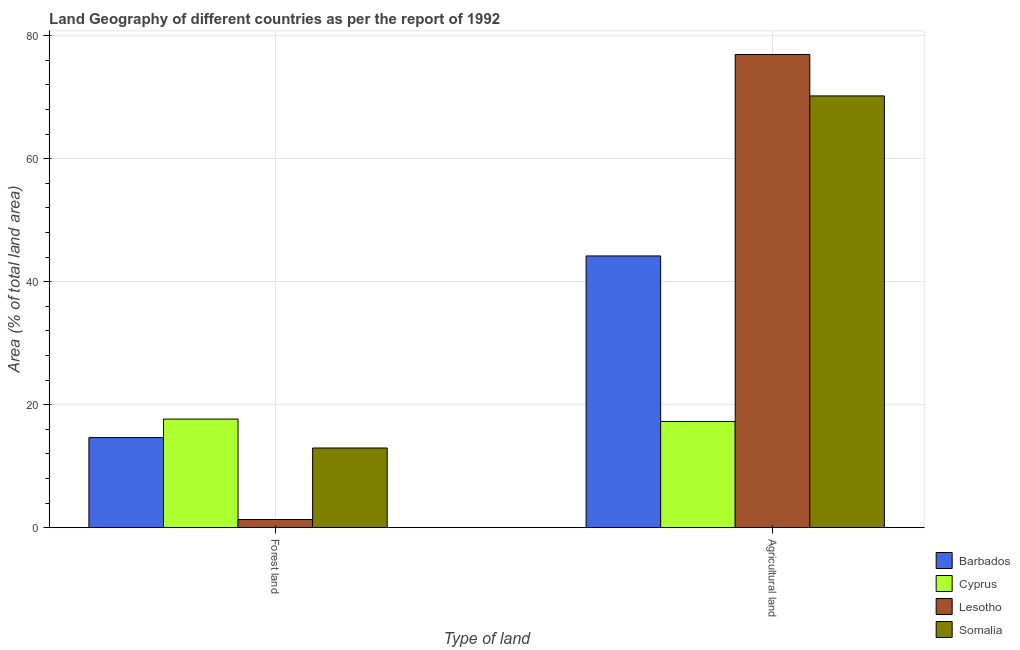
| Type of land | Barbados | Cyprus | Lesotho | Somalia |
 | --- | --- | --- | --- | --- |
 | Forest land | 14.7 | 17.7 | 1.33 | 13 |
 | Agricultural land | 44.2 | 17.3 | 76.9 | 70.2 |